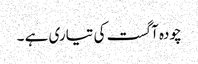
چودہ آگست کی تیاری ہے ۔